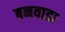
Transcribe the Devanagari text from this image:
बनवाडा